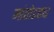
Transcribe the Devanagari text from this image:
मांतोडकर